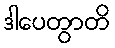
ဒါပေတွာတိ